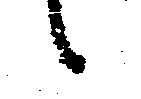
候